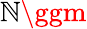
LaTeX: \mathbb{N}\ggm